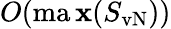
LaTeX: O(\operatorname*{ma\mathbf{x}}(S_{\mathrm{{vN}}}))